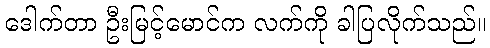
ဒေါက်တာ ဦးမြင့်မောင်က လက်ကို ခါပြလိုက်သည်။